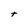
Character: t